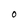
Character: 0